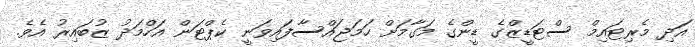
އަދި މެރިޓައިމް ސްޓަޑީޒްގެ ޑީންގެ މަގާމަށް ހަމަޖައްސާފައިވަނީ ކެޕްޓަން އަހްމަދު ޒުބައިރު އެވެ.